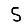
Digit: 5